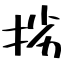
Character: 挘